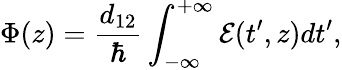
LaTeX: \Phi(z)=\frac{d_{12}}{\hbar}\int_{-\infty}^{+\infty}\mathcal{E}(t^{\prime},z)dt^{\prime},